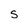
Character: S